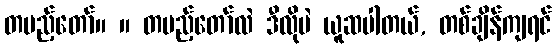
တပည့်တော်။ ။ တပည့်တော်လဲ ဒီလိုပဲ ယူဆပါတယ်, တစ်ချိန်ကျရင်